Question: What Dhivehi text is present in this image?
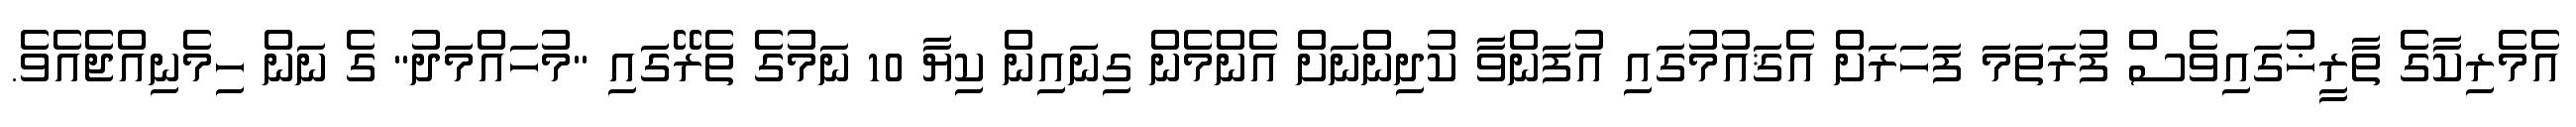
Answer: އެމެރިކާގެ ތާރީޚުގައިވެސް ފުރަތަމަ ފަހަރަށް އެޤައުމުގައި އުފަންވާ ކުދިންނަށް އެންމެން ގިނައިން ކިޔާ 10 ނަމުގެ ތެރޭގައި "މުހައްމަދު" ގެ ނަން ހިމެނިއްޖެއެވެ.